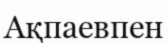
Ақпаевпен